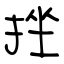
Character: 挫